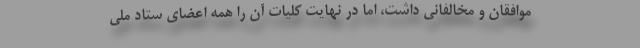
موافقان و مخالفانی داشت، اما در نهایت کلیات آن را همه اعضای ستاد ملی